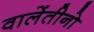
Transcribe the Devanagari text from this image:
वालेंतीनो